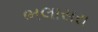
ભલાસરા